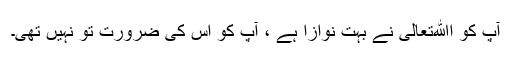
آپ کو اﷲتعالی نے بہت نوازا ہے ، آپ کو اس کی ضرورت تو نہیں تھی۔